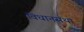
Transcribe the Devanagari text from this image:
विधानसथा